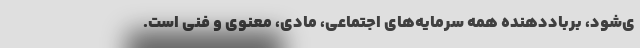
ی‌شود، برباددهنده همه سرمایه‌های اجتماعی، مادی، معنوی و فنی است.